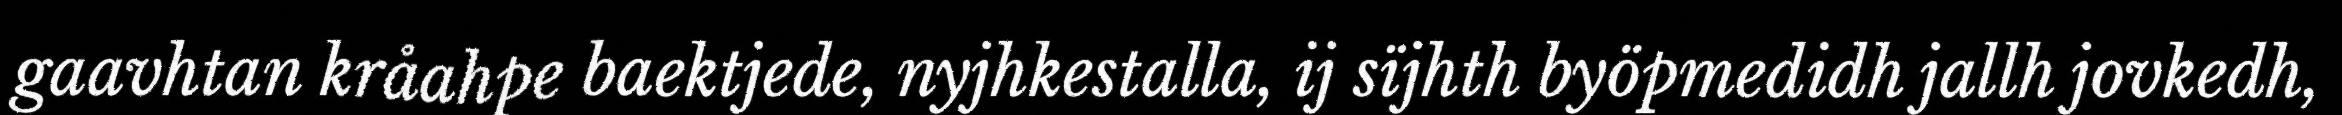
gaavhtan kråahpe baektjede, nyjhkestalla, ij sïjhth byöpmedidh jallh jovkedh,